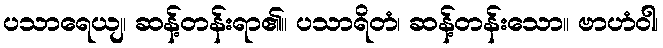
ပသာရေယျ၊ ဆန့်တန်းရာ၏။ ပသာရိတံ၊ ဆန့်တန်းသော။ ဗာဟံဝါ၊